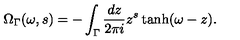
\Omega _ { \Gamma } ( \omega , s ) = - \int _ { \Gamma } \frac { d z } { 2 \pi i } z ^ { s } \tanh ( \omega - z ) .